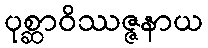
ပုစ္ဆာဝိဿဇ္ဇနာယ